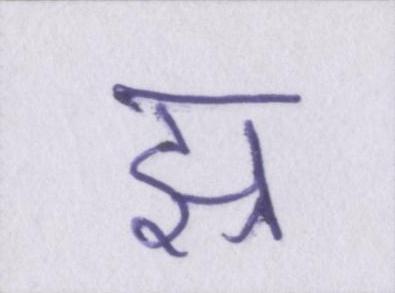
झ्र